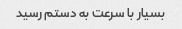
بسیار با سرعت به دستم رسید